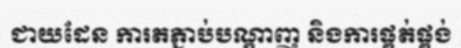
ជាយដែន ការតភ្ជាប់បណ្តាញ និងការផ្គត់ផ្គង់